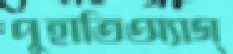
পুহাতিঅ্যাগ্